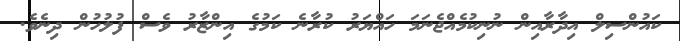
ކައުންސިލް އިދާރާއިން ނުނިކުމެއްޖެނަމަ ހައްޔަރު ކުރާނެ ކަމުގެ އިންޒާރު ވެސް ފުލުހުން ދިނެވެ.